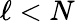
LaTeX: \ell<N